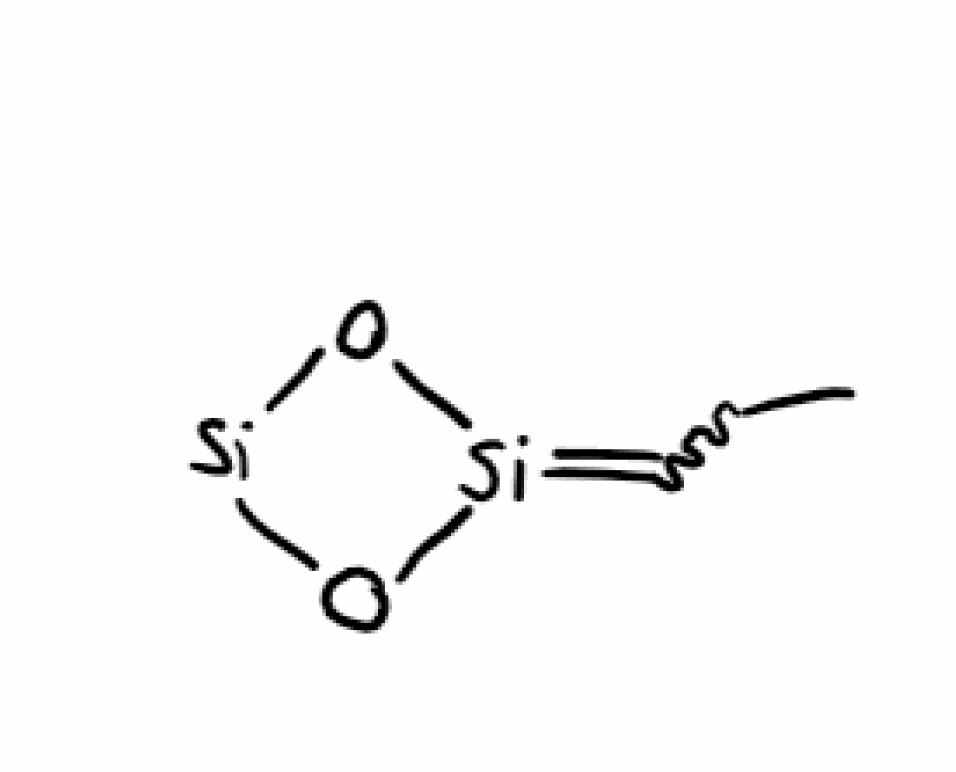
Simplified molecular-input line-entry system (SMILES) notation of the given molecule:
CCC=[Si]1O[Si]O1